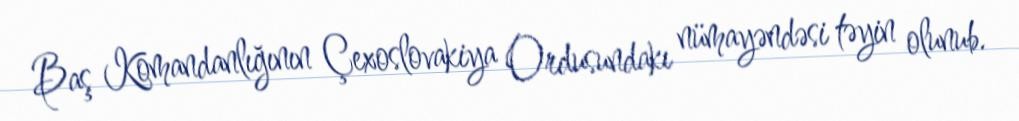
Baş Komandanlığının Çexoslovakiya Ordusundakı nümayəndəsi təyin olunub.